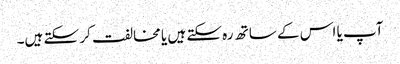
آپ یا اس کے ساتھ رہ سکتے ہیں یا مخالفت کر سکتے ہیں۔